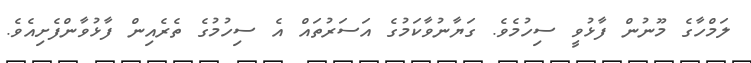
ލަމްހާގެ މޫނުން ފާޅުވީ ސިހުމެވެ. ގަޔާނުވާކަމުގެ އަސަރުތައް އެ ސިހުމުގެ ތެރެއިން ފާޅުވާންފެށިއެވެ.